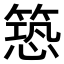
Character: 𮅱